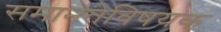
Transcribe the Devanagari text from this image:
समानतेविषयक